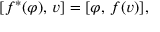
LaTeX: [ f ^ { * } ( \varphi ) , \, v ] = [ \varphi , \, f ( v ) ] ,